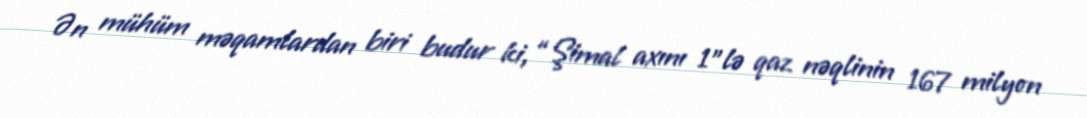
Ən mühüm məqamlardan biri budur ki, “Şimal axını 1"lə qaz nəqlinin 167 milyon